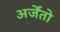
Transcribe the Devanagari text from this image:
अर्जेंतो